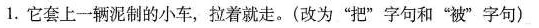
1.它套上一辆泥制的小车，拉着就走。(改为”把”字句和”被”字句)